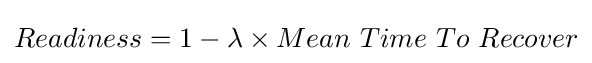
Readiness=1-\lambda \times Mean\ Time\ To\ Recover